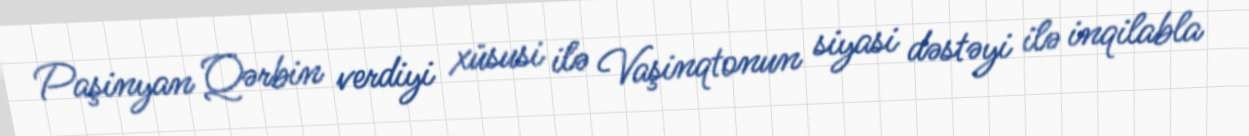
Paşinyan Qərbin verdiyi xüsusi ilə Vaşinqtonun siyasi dəstəyi ilə inqilabla